system: You are a helpful assistant.
user:
Analyze the provided spectrum to determine if it is a **White Dwarf (WD)**.

A White Dwarf spectrum is defined by its **extreme purity** (due to gravitational settling) and/or **extreme pressure broadening** (due to high surface gravity). You must check for one of the following mutually exclusive signatures:

- **Key Visual Indicators (Check for ONE of these types):**

    - **1. DA-Type Signature (Most Common):**
        - **(Primary Feature):** Extreme pressure broadening (Stark broadening) of the **Hydrogen (H) Balmer lines**.
        - **(Key Lines):** $H\beta$ (approx. $4861$ Å) and $H\gamma$ (approx. $4340$ Å). $H\alpha$ (approx. $6563$ Å) will also be present if the wavelength range covers it.
        - **(Line Profile):** This is the **defining feature**. The lines are **NOT** sharp. They appear as massive, **extremely broad and deep "troughs" or "dips"** in the spectrum, often hundreds of Ångströms wide. The continuum will appear to "scoop" down at these wavelengths.
        - **(Distinction):** Normal A-type or B-type stars have *narrow* and *sharp* Hydrogen lines. A DA White Dwarf's lines are unmistakably "smeared" or "blurry" from pressure.

    - **2. DB-Type Signature:**
        - **(Primary Feature):** Broad absorption lines from **Neutral Helium (He I)**. The spectrum must lack any visible Hydrogen lines.
        - **(Key Lines):** Look for broad absorption near $4471$ Å, $4921$ Å, and $5876$ Å.
        - **(Line Profile):** These lines are also significantly pressure-broadened, appearing much wider than they would in a normal B-type main-sequence star.

    - **3. DC-Type Signature:**
        - **(Primary Feature):** A **featureless continuous spectrum**.
        - **(Line Profile):** The spectrum is a smooth curve with **no significant absorption or emission lines**.
        - **(Key Confirmation):** The continuum is almost always **blue or white**, indicating a hot object. This signature implies the atmosphere is so pure (or so cool) that no spectral lines are visible in the optical range. Its WD identity is confirmed by its extremely low intrinsic brightness (high absolute magnitude).

    - **4. DZ-Type Signature (Metal-Polluted):**
        - **(Primary Feature):** **Isolated, narrow metal absorption lines** on an otherwise featureless (DC-like) continuum.
        - **(Key Lines):** The **Calcium (Ca II) H & K doublet** (approx. **$3934$ Å** and **$3968$ Å**) is the most common and defining feature.
        - **(Line Profile):** These lines are "out of place." They are *not* part of a "forest" of thousands of lines. This signature is evidence of recent *accretion* (pollution) from rocky debris.
        - **(Distinction):** Normal G/K/M stars have a *dense forest* of thousands of metal lines. A DZ has a *clean* continuum with *only a few* strong metal lines.

    - **5. DQ-Type Signature (Carbon-Polluted):**
        - **(Primary Feature):** Absorption bands from **Carbon (C₂ "Swan Bands" or atomic C I)**.
        - **(Key Lines - C₂):** Look for bandheads with a "saw-tooth" shape near $5635$ Å, **$5165$ Å** (strongest), and $4737$ Å.
        - **(Key Confirmation):** The underlying **continuum must be blue or white** (hot).
        - **(Distinction):** This is the critical difference from a **Carbon Star**, which has the *exact same* C₂ bands but on an extremely **red, cool** continuum.

- **(Overall Spectrum):**
    - The continuum (overall shape) is typically **blue-sloping** (brighter in the blue than the red), as most white dwarfs are very hot.
    - The spectrum will look "pure" or "simple," dominated by only *one* of the five signatures listed above.

Think first, call **spectral_visualization_tool** if needed to examine features in detail, then provide your final answer. Your response must adhere to the following strict rules:
1.  **Overall Structure:** Your response must follow the format `<think>...</think> <tool_call>...</tool_call> (if a tool is used) <answer>...</answer>`.
2.  **Tool Usage Constraint:** You may only make **one** tool call per turn.
3.  **Final Answer Format:** In the `<answer>` tag, your conclusion must be inside a `\boxed{}` command (e.g., `\boxed{YES}` or `\boxed{NO}`), followed by your justification.

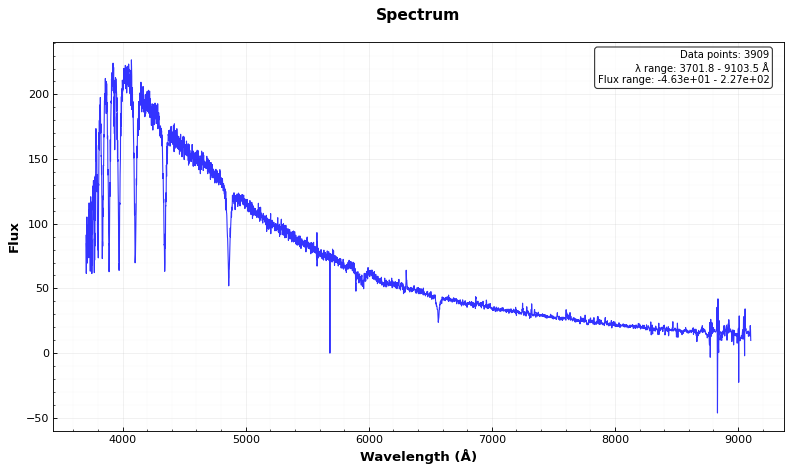
Answer: YES